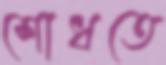
শোধতে